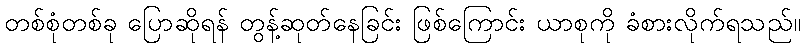
တစ်စုံတစ်ခု ပြောဆိုရန် တွန့်ဆုတ်နေခြင်း ဖြစ်ကြောင်း ယာစုကို ခံစားလိုက်ရသည်။